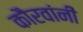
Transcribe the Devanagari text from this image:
कौरवांनीं